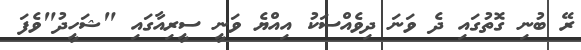
ރޭ ބުނި ގޮތުގައި ދެ ވަނަ ދިވެއްސަކު އިއްޔެ ވަނީ ސީރިއާގައި "ޝަހީދު"ވެފަ